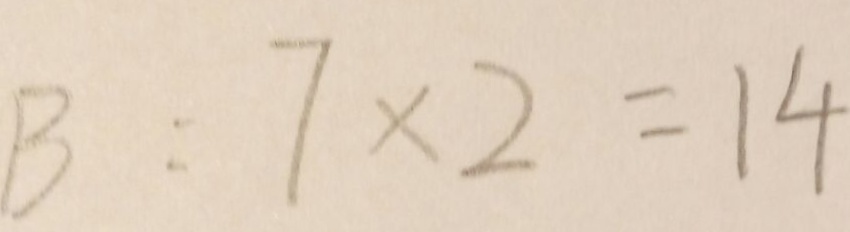
B : 7 \times 2 = 1 4